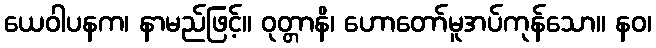
ယေဝါပနက၊ နာမည်ဖြင့်။ ဝုတ္တာနိ၊ ဟောတော်မူအပ်ကုန်သော။ နဝ၊